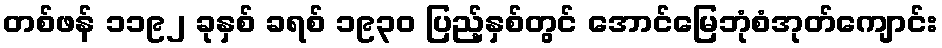
တစ်ဖန် ၁၁၉၂ ခုနှစ် ခရစ် ၁၉၃၀ ပြည့်နှစ်တွင် အောင်မြေဘုံစံအုတ်ကျောင်း